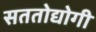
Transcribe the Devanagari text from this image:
सततोद्योगी